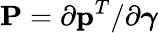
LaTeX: {\mathbf P}=\partial{\mathbf p}^{T}/\partial\boldsymbol{\gamma}